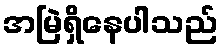
အမြဲရှိနေပါသည်